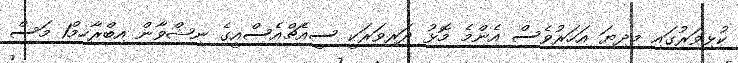
ކުޅިވަރުގައި މިދިޔަ އަހަރުވެސް އެންމެ މޮޅު ދަރިވަރަކީ ސީއެޗްއެސްއީގެ ނިޝްވާން އިބްރާހިމް1 މަސް